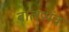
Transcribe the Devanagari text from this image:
बालप्रपंच